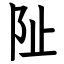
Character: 阯